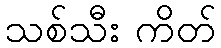
သစ်သီး ကိတ်